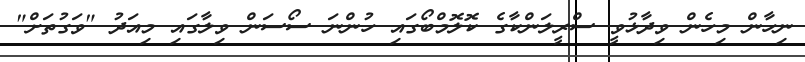
ނިހާން މިހެން ވިދާޅުވީ ސްރީލަންކާގެ ކޮލޮމްބޯގައި ހުންނަ ސޯސަން ވިލާގައި މިއަދު "ވަގުތަށް"